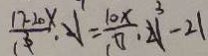
\frac { 1 7 - 2 0 x } { 3 } \cdot 1 = \frac { 1 0 x } { 0 } \cdot 3 - 2 1